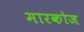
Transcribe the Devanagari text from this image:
मारकोज